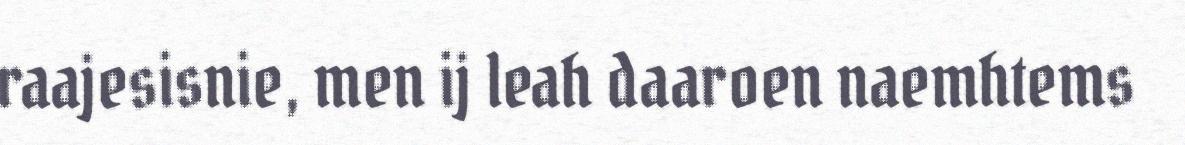
raajesisnie, men ij leah daaroen naemhtems